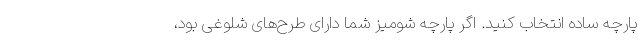
پارچه ساده انتخاب کنید. اگر پارچه شومیز شما دارای طرح‌های شلوغی بود،